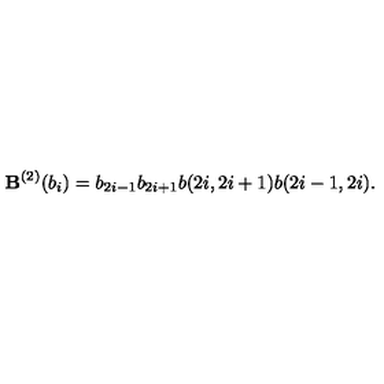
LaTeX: { \bf B } ^ { ( 2 ) } ( b _ { i } ) = b _ { 2 i - 1 } b _ { 2 i + 1 } b ( 2 i , 2 i + 1 ) b ( 2 i - 1 , 2 i ) .